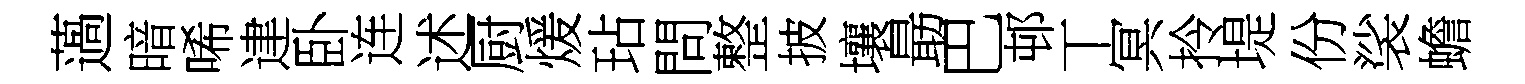
薖暗唏䢖卧连述厨煖玷問整披壤朂巴邨丅冥拎堤份裟蟾